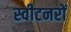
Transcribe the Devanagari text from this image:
स्वीटनरों